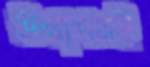
উত্থাপনই